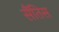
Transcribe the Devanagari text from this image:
सैंतिस